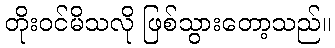
တိုးဝင်မိသလို ဖြစ်သွားတော့သည်။